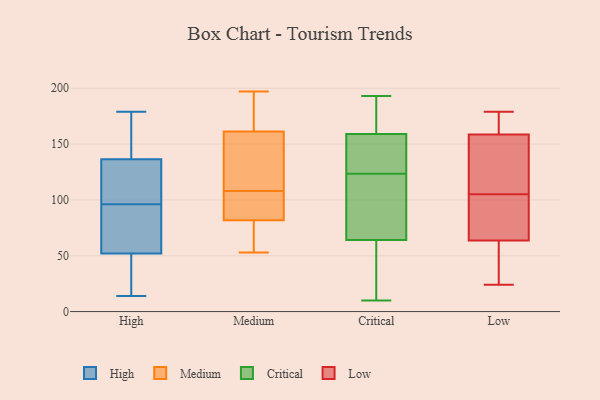
{"axis": {"x": "Latency (ms)", "y": "Value"}, "legend": ["Critical", "High", "Low", "Medium"], "data": [{"x": "", "y": 129, "type": "High"}, {"x": "", "y": 70, "type": "High"}, {"x": "", "y": 139, "type": "High"}, {"x": "", "y": 109, "type": "High"}, {"x": "", "y": 169, "type": "High"}, {"x": "", "y": 34, "type": "High"}, {"x": "", "y": 179, "type": "High"}, {"x": "", "y": 89, "type": "High"}, {"x": "", "y": 46, "type": "High"}, {"x": "", "y": 96, "type": "High"}, {"x": "", "y": 14, "type": "High"}, {"x": "", "y": 53, "type": "Medium"}, {"x": "", "y": 168, "type": "Medium"}, {"x": "", "y": 78, "type": "Medium"}, {"x": "", "y": 159, "type": "Medium"}, {"x": "", "y": 76, "type": "Medium"}, {"x": "", "y": 94, "type": "Medium"}, {"x": "", "y": 129, "type": "Medium"}, {"x": "", "y": 106, "type": "Medium"}, {"x": "", "y": 120, "type": "Medium"}, {"x": "", "y": 196, "type": "Medium"}, {"x": "", "y": 108, "type": "Medium"}, {"x": "", "y": 197, "type": "Medium"}, {"x": "", "y": 83, "type": "Medium"}, {"x": "", "y": 168, "type": "Medium"}, {"x": "", "y": 90, "type": "Medium"}, {"x": "", "y": 56, "type": "Medium"}, {"x": "", "y": 157, "type": "Medium"}, {"x": "", "y": 114, "type": "Critical"}, {"x": "", "y": 11, "type": "Critical"}, {"x": "", "y": 42, "type": "Critical"}, {"x": "", "y": 187, "type": "Critical"}, {"x": "", "y": 94, "type": "Critical"}, {"x": "", "y": 40, "type": "Critical"}, {"x": "", "y": 10, "type": "Critical"}, {"x": "", "y": 130, "type": "Critical"}, {"x": "", "y": 159, "type": "Critical"}, {"x": "", "y": 122, "type": "Critical"}, {"x": "", "y": 193, "type": "Critical"}, {"x": "", "y": 64, "type": "Critical"}, {"x": "", "y": 146, "type": "Critical"}, {"x": "", "y": 138, "type": "Critical"}, {"x": "", "y": 125, "type": "Critical"}, {"x": "", "y": 75, "type": "Critical"}, {"x": "", "y": 173, "type": "Critical"}, {"x": "", "y": 184, "type": "Critical"}, {"x": "", "y": 171, "type": "Low"}, {"x": "", "y": 39, "type": "Low"}, {"x": "", "y": 143, "type": "Low"}, {"x": "", "y": 96, "type": "Low"}, {"x": "", "y": 120, "type": "Low"}, {"x": "", "y": 160, "type": "Low"}, {"x": "", "y": 84, "type": "Low"}, {"x": "", "y": 179, "type": "Low"}, {"x": "", "y": 24, "type": "Low"}, {"x": "", "y": 158, "type": "Low"}, {"x": "", "y": 105, "type": "Low"}, {"x": "", "y": 34, "type": "Low"}, {"x": "", "y": 72, "type": "Low"}]}